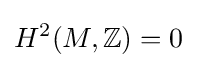
H^{2}(M,\mathbb {Z} )=0